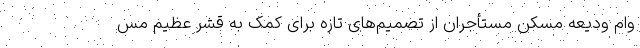
وام ودیعه مسکن مستأجران از تصمیم‌های تازه برای کمک به قشر عظیم مس